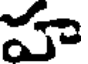
హ